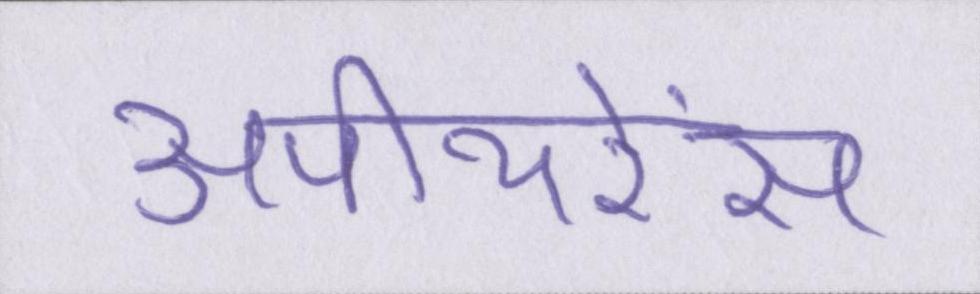
अपीयरेंस